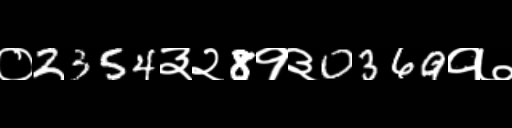
Text: ०2354३२8१३0369१७